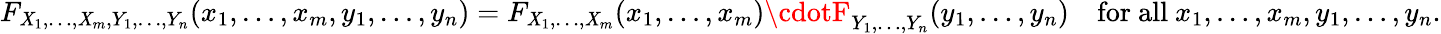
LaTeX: F_{\mathit{X}_{1},\ldots,\mathit{X}_{m},Y_{1},\ldots,Y_{n}}(x_{1},\ldots,x_{m},y_{1},\ldots,y_{n})=F_{\mathit{X}_{1},\ldots,\mathit{X}_{m}}(x_{1},\ldots,x_{m})\cdotF_{Y_{1},\ldots,Y_{n}}(y_{1},\ldots,y_{n})\quad{\mathrm{{for~all~}}}x_{1},\ldots,x_{m},y_{1},\ldots,y_{n}.